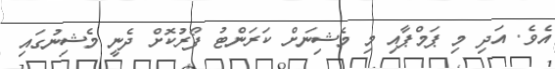
އެވެ. އަދި މި ޕަމްޕާއި މި މެޝިނަށް ކަރަންޓު ފޯރުކޮށް ދެނީ މެޝިނުގައި